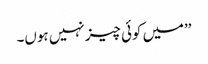
’’میں کوئی چیز نہیں ہوں۔